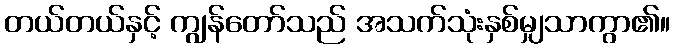
တယ်တယ်နှင့် ကျွန်တော်သည် အသက်သုံးနှစ်မျှသာကွာ၏။